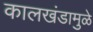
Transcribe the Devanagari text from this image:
कालखंडामुळे